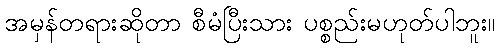
အမှန်တရားဆိုတာ စီမံပြီးသား ပစ္စည်းမဟုတ်ပါဘူး။